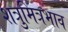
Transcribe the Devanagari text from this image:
शत्रुमित्रभाव